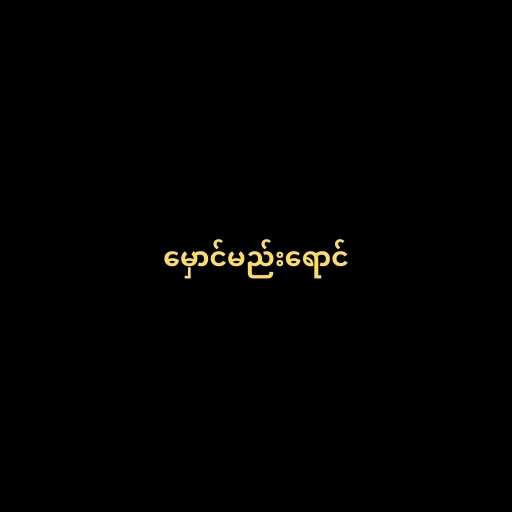
မှောင်မည်းရောင်